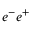
e ^ { - } e ^ { + }